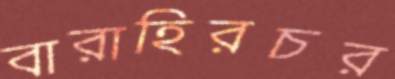
বারাহিরচর